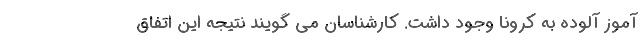
آموز آلوده به کرونا وجود داشت. کارشناسان می گویند نتیجه این اتفاق